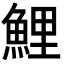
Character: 鯉